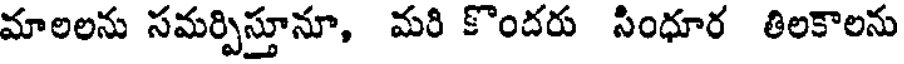
మాలలను సమర్పిస్తూనూ, మరి కొందరు సింధూర తిలకాలను